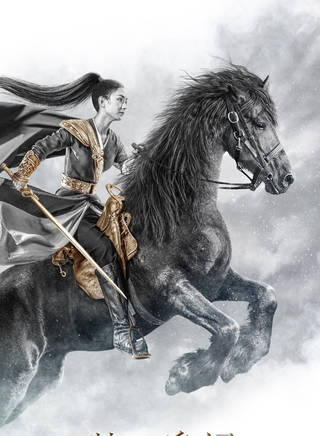
汉甲连胡兵，沙尘暗云海。